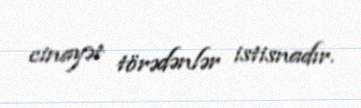
cinayət törədənlər istisnadır.